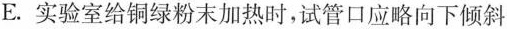
E.实验室给铜绿粉末加热时，试管口应略向下倾斜